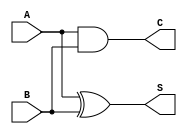
module half_adder (
    input wire A,  // Input A
    input wire B,  // Input B
    output wire S, // Sum output
    output wire C  // Carry output
);

    // Assigning the outputs based on the half-adder logic
    assign S = A ^ B; // Sum is A XOR B
    assign C = A & B; // Carry is A AND B

endmodule